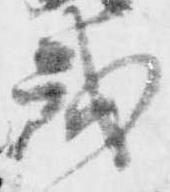
戒